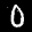
Label: 0